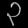
Digit: ၃